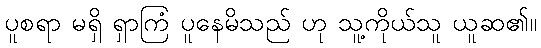
ပူစရာ မရှိ ရှာကြံ ပူနေမိသည် ဟု သူ့ကိုယ်သူ ယူဆ၏။